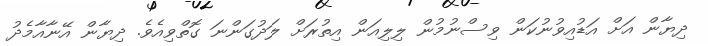
ދިޔާން އަށް އަޑުއިވުނުކަން ވިސްނުމުން ލިލިއަން އިތުރަށް ލަދުގަންނަ ގޮތްވިއެވެ. ދިޔާން އޭނާއާމެދު